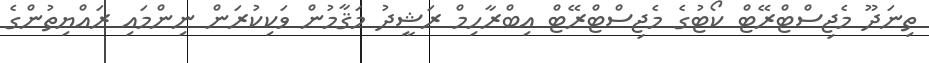
ތިނަދޫ މެޖިސްޓްރޭޓް ކޯޓުގެ މެޖިސްޓްރޭޓް އިބްރާހިމް ރަޝީދު މަޤާމުން ވަކިކުރަން ނިންމައި ރައްޔިތުންގެ